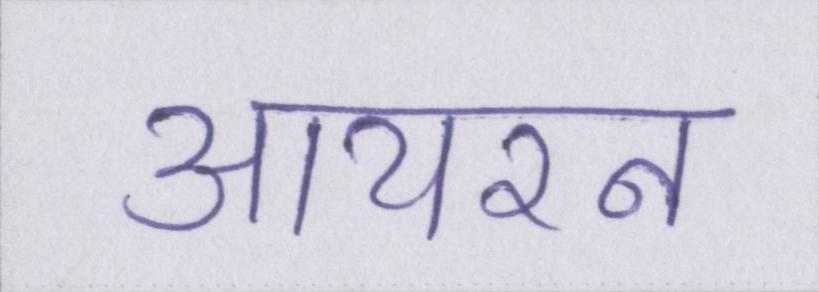
आयरन